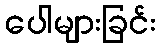
ပေါများခြင်း